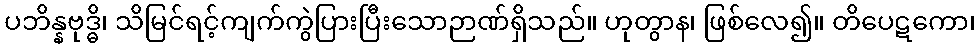
ပဘိန္နဗုဒ္ဓိ၊ သိမြင်ရင့်ကျက်ကွဲပြားပြီးသောဉာဏ်ရှိသည်။ ဟုတွာန၊ ဖြစ်လေ၍။ တိပေဋကော၊